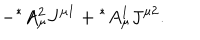
- { ^ \ast } A _ { \mu } ^ { 2 } J ^ { \mu 1 } + { ^ \ast } A _ { \mu } ^ { 1 } J ^ { \mu 2 } .